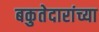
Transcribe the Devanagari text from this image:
बकुतेदारांच्या